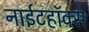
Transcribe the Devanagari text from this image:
नाईटहॉक्स